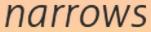
narrows